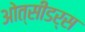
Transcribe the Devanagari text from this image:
ओत्सीडर्स